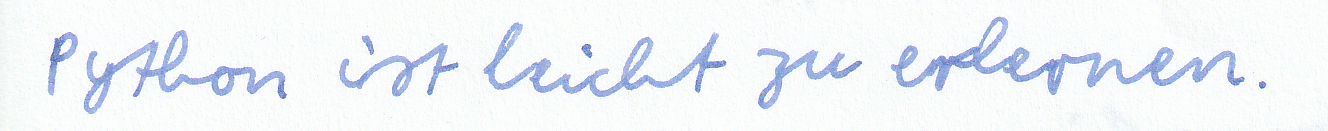
Python ist leicht zu erlernen.